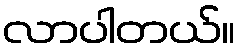
လာပါတယ်။